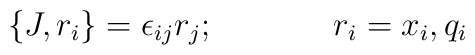
\{J, r_i\} = \epsilon_{ij}r_j; \hskip 1.5cm r_i = x_i, q_i